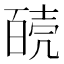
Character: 𰋊